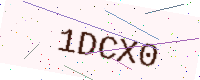
Text: 1DCX0